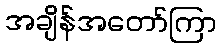
အချိန်အတော်ကြာ